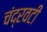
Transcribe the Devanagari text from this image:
चंद्रवटी